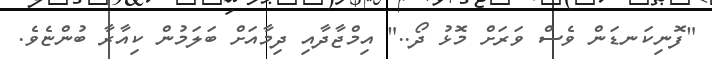
"ފޮނިކަނޑަން ވެސް ވަރަށް މޮޅު ދޯ.." އިމްޖާދާއި ދިމާއަށް ބަލަމުން ކިއާރާ ބުންޏެވެ.